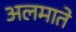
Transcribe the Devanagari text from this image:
अलमाते